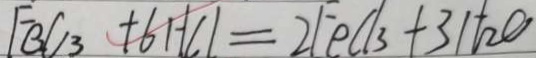
F e _ { 2 } C _ { 3 } + 6 H C l = 2 F e C l _ { 3 } + 3 H _ { 2 } O